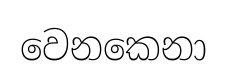
වෙනකෙනා